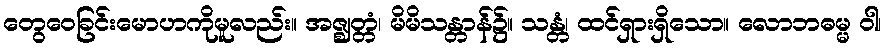
တွေဝေခြင်းမောဟကိုမူလည်း။ အဇ္ဈတ္တံ၊ မိမိသန္တာန်၌။ သန္တံ၊ ထင်ရှားရှိသော။ လောဘဓမ္မ ဝါ၊